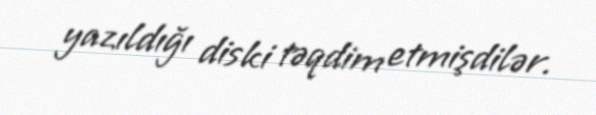
yazıldığı diski təqdim etmişdilər.